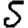
Digit: 5